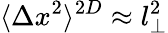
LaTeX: \langle\Delta x^{2}\rangle^{2D}\approx l_{\perp}^{2}